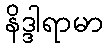
နိဒ္ဒါရာမာ